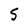
Character: S